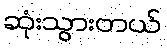
ဆုံးသွားတယ်